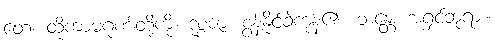
တေ၊ ထိုကာမဂုဏ်တို့ကို။ ဒုစ္စဇာ၊ စွန့်နိုင်ခဲကုန်၏။ ဘန္တေ၊ အရှင်ဘုရား။